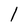
Character: 1